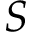
S